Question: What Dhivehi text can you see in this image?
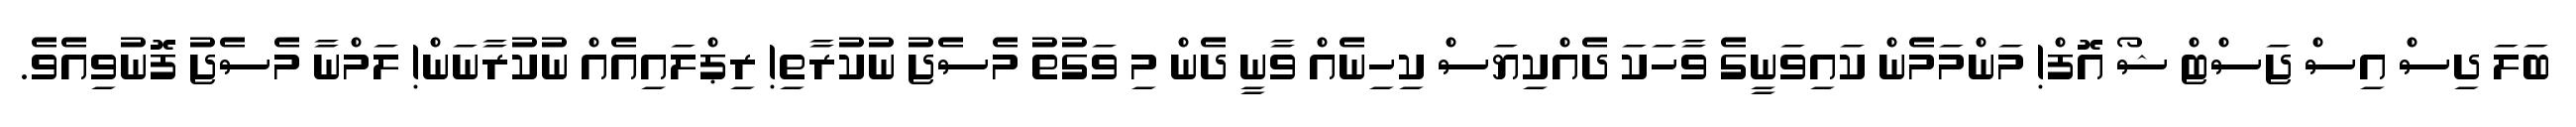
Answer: ބަލަ ދިސް އިސް ޖަސްޓް ޝޯ އޮފް! މަންމަމެން ކައިވަނީގެ ވާހަކަ ދެއްކިޔަސް ކިހިނެއް ވާނީ ދެން މި ވަގުތު މެސެޖު ނުކުރާތި! ރިޕްލައިއެއް ނުކުރާނަން! ލަމްނާ މެސެޖު ފޮނުވިއެވެ.